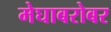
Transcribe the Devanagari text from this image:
मेघाबरोबर